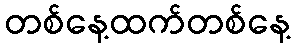
တစ်နေ့ထက်တစ်နေ့